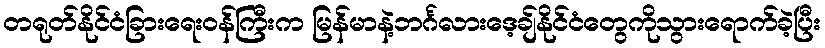
တရုတ်နိုင်ငံခြားရေးဝန်ကြီးက မြန်မာနဲ့ဘင်္ဂလားဒေ့ချ်နိုင်ငံတွေကိုသွားရောက်ခဲ့ပြီး